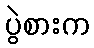
ပွဲစားက